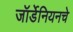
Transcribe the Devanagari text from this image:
जॉर्डेनियनचे